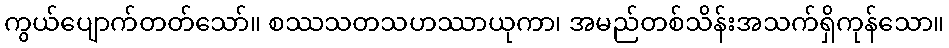
ကွယ်ပျောက်တတ်သော်။ စဿသတသဟဿာယုကာ၊ အမည်တစ်သိန်းအသက်ရှိကုန်သော။